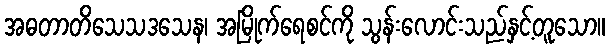
အဓတာတိသေသဒသေန၊ အမြိုက်ရေစင်ကို သွန်းလောင်းသည်နှင့်တူသော။